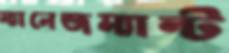
ম্যানেজম্যান্ট